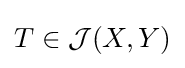
T\in {\mathcal {J}}(X,Y)